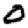
Digit: 0